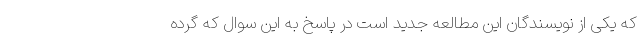
که یکی از نویسندگان این مطالعه جدید است در پاسخ به این سوال که گرده